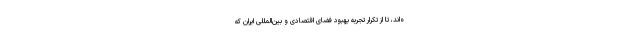
ه‌اند، تا از تکرار تجربه بهبود فضای اقتصادی و بین‌المللی ایران که